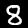
Label: 8